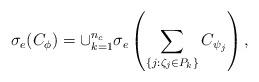
LaTeX: \begin{align*}\sigma_e(C_\phi) = \cup_{k=1}^{n_c} \sigma_e\left(\sum_{\{j: \zeta_j\in P_k\}} C_{\psi_j}\right),\end{align*}